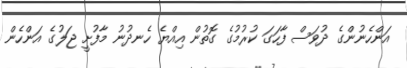
އަންހެނުންގެ ދުވަސް ފާހަގަ ކުރުމުގެ ގޮތުން އިއްޔެ ހެނދުނު މާފުށީ ޖަލުގެ އަންހެން